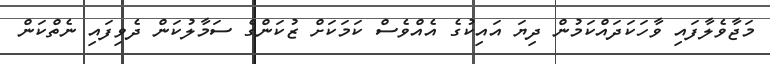
މަޖާވެލާފައި ވާހަކަދައްކަމުން ދިޔަ އައިކުގެ އެއްވެސް ކަމަކަށް ޒުކަންގެ ސަމާލުކަން ދެވިފައި ނެތްކަން